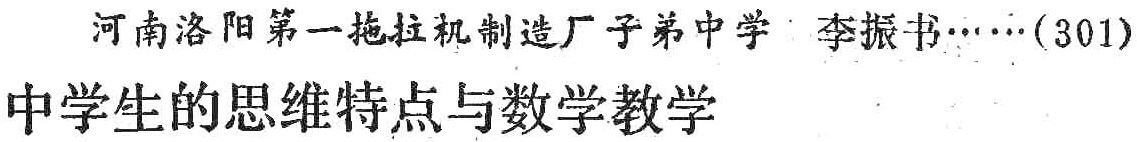
河南洛阳第一拖拉机制造厂子弟中学 李振书……(301)\\

中学生的思维特点与数学教学